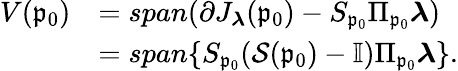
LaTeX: \begin{array}{rl}{V(\mathfrak{p}_{0})}&{=span(\partial J_{\boldsymbol{\lambda}}(\mathfrak{p}_{0})-S_{\mathfrak{p}_{0}}\Pi_{\mathfrak{p}_{0}}\boldsymbol{\lambda})}\\ &{=span\{ S_{\mathfrak{p}_{0}}(\mathcal{S}(\mathfrak{p}_{0})-\mathbb{I})\Pi_{\mathfrak{p}_{0}}\boldsymbol{\lambda}\} .}\end{array}